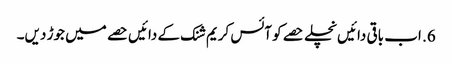
6. اب باقی دائیں نچلے حصے کو آئس کریم شنک کے دائیں حصے میں جوڑ دیں۔